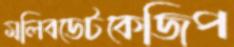
মলিবডেটকেজিপ